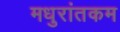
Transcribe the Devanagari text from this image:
मधुरांतकम